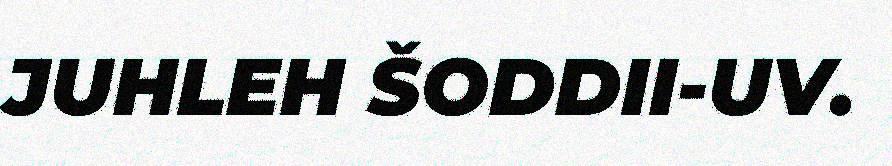
JUHLEH ŠODDII-UV.